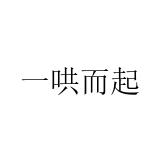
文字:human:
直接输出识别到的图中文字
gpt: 一哄而起